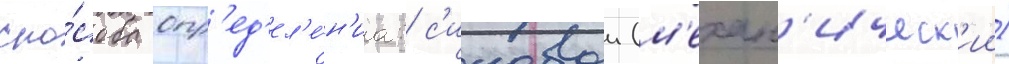
спо́соба опр'ед'ел'е́н'иа: с'иловои (м'ехан'ическ'ии)